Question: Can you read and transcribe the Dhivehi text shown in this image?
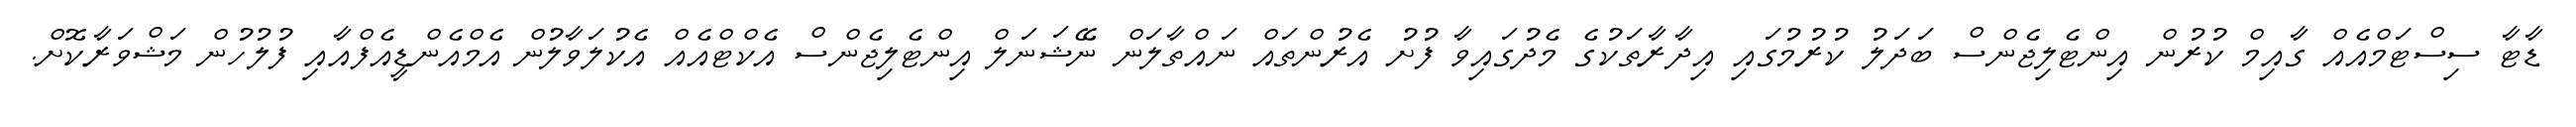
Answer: ޑާޓާ ސިސްޓަމްއެއް ގާއިމް ކުރުން އިންޓެލިޖެންސް ބަދަލު ކުރުމުގައި އިދާރާތަކުގެ މެދުގައިވާ ފުށު އެރުންތައް ނައްތާލަން ނޭޝަނަލް އިންޓެލިޖެންސް އެކްޓްއެއް އެކުލަވާލުން އެމްއެންޑީއެފްއާއި ފުލުހުން މަޝްވަރާކޮށް.